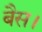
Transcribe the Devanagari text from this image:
बैस।